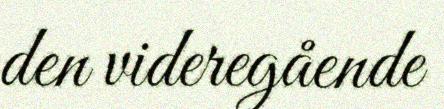
den videregående